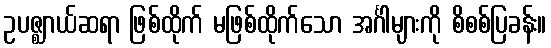
ဥပဇ္ဈာယ်ဆရာ ဖြစ်ထိုက် မဖြစ်ထိုက်သော အင်္ဂါများကို စိစစ်ပြခန်း။